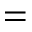
=